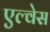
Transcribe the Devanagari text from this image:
एल्वेस